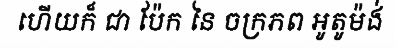
ហើយក៏ ជា ប៉ែក នៃ ចក្រភព អូតូម៉ង់